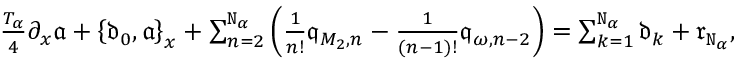
\begin{array} { r } { \frac { T _ { \alpha } } 4 \partial _ { x } \mathfrak { a } + \left\{ \mathfrak { d } _ { 0 } , \mathfrak { a } \right\} _ { x } + \sum _ { n = 2 } ^ { \mathtt { N } _ { \alpha } } \left( \frac { 1 } { n ! } \mathfrak { q } _ { M _ { 2 } , n } - \frac { 1 } { ( n - 1 ) ! } \mathfrak { q } _ { \omega , n - 2 } \right) = \sum _ { k = 1 } ^ { \mathtt { N } _ { \alpha } } \mathfrak { d } _ { k } + \mathfrak { r } _ { \mathtt { N } _ { \alpha } } , } \end{array}